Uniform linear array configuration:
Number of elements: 4
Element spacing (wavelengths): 1
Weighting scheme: hamming
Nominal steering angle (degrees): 45
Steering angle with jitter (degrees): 45.253
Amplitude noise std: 0.05
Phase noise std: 0.05

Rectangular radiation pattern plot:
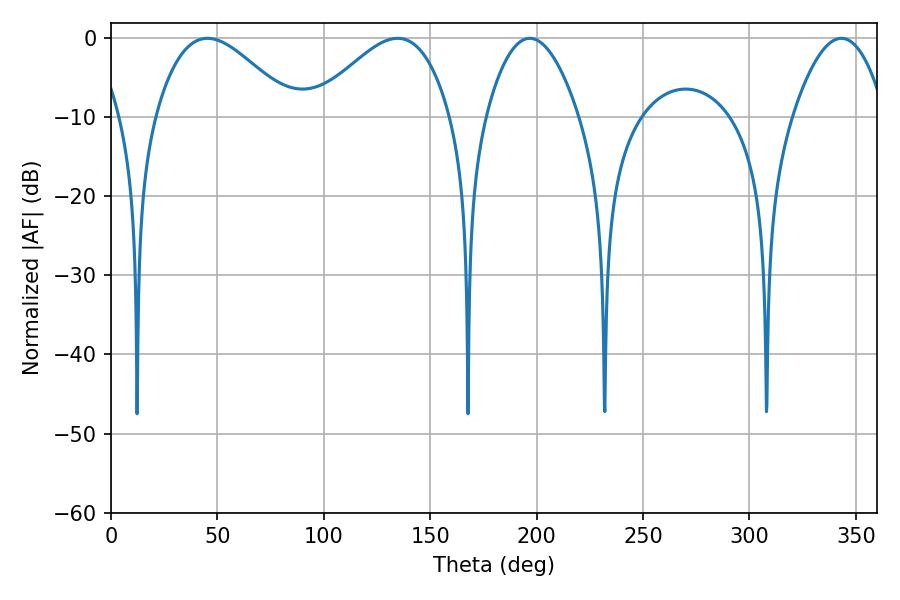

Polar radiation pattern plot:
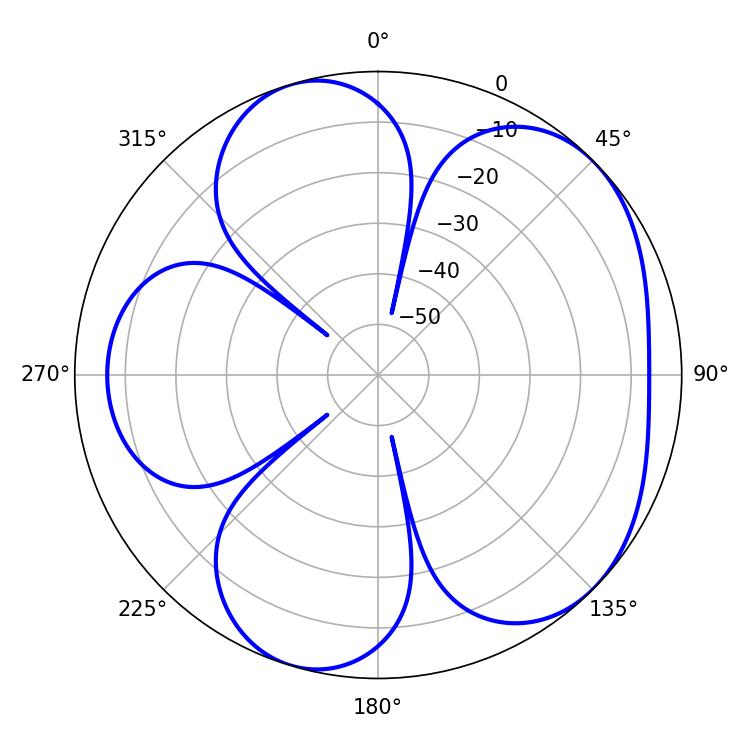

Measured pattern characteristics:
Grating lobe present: TRUE
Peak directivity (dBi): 5.218
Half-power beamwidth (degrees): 34.74
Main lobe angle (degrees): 45.36